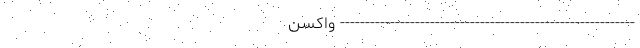
----------------------------------------------------------- واکسن